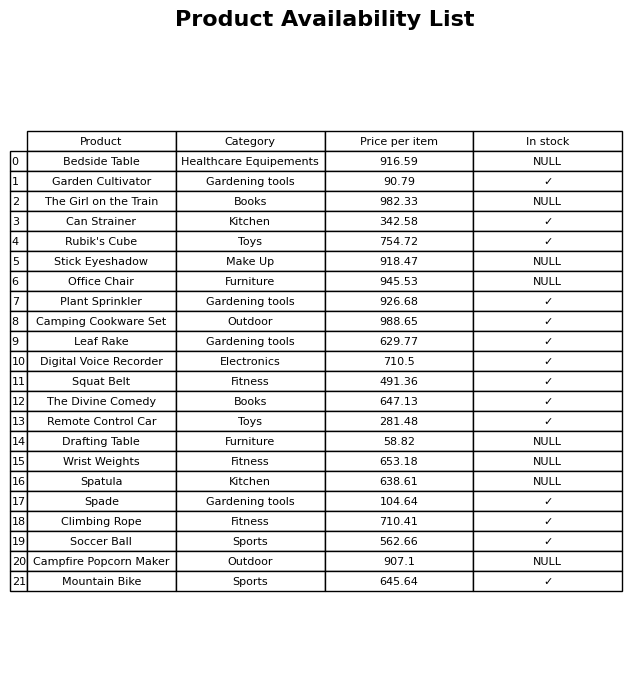
question: What is the price of the Plant Sprinkler?
answer: The price of Plant Sprinkler is 926.68.